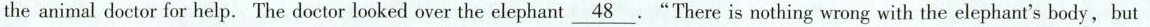
the animal doctor for help. The doctor looked over the elephant \underline{48}."There is nothing wrong with the elephant's body, but